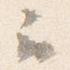
云